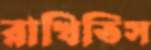
রাখিতিস